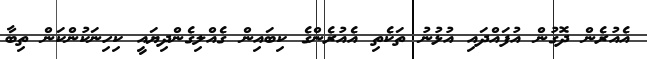
އެއުރެން ދޮގުން އުފައްދައި އުޅުނު ތަކެތި އެއުރެންގެ ކިބައިން ގެއްލިގެންދިޔައީ ކިހިނަކުންކަން ތިބާ